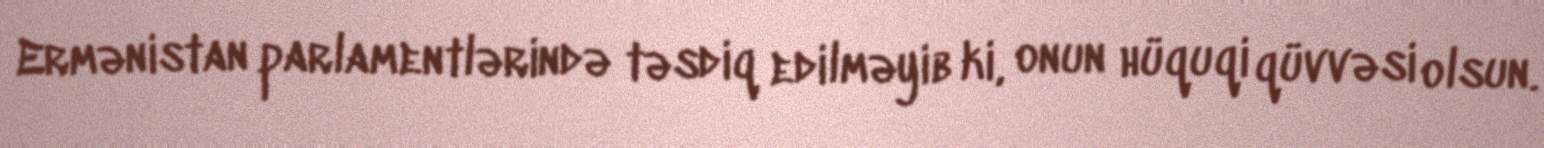
Ermənistan parlamentlərində təsdiq edilməyib ki, onun hüquqi qüvvəsi olsun.